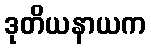
ဒုတိယနာယက